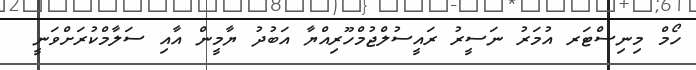
ހޯމް މިނިސްޓަރ އުމަރު ނަސީރު ރައީސުލްޖުމްހޫރިއްޔާ އަބުދު ޔާމީން އާއި ސަލާމްކުރަށްވަނީ